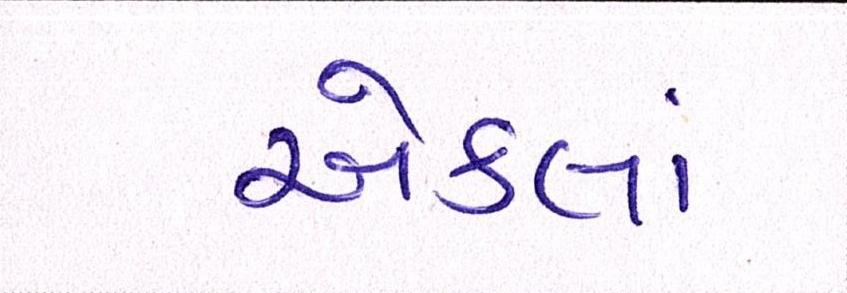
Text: એકલાં